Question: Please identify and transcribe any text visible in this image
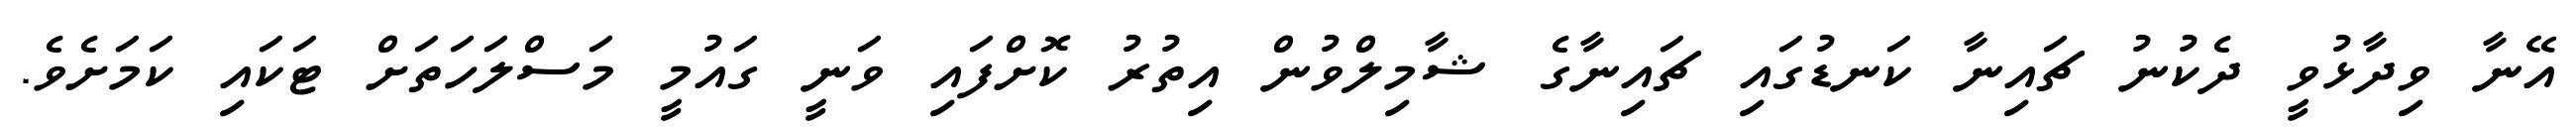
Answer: އޭނާ ވިދާޅުވީ ދެކުނު ޗައިނާ ކަނޑުގައި ޗައިނާގެ ޝާމިލްވުން އިތުރު ކޮށްފައި ވަނީ ގައުމީ މަސްލަހަތަށް ޓަކައި ކަމަށެވެ.